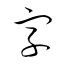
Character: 字